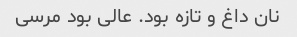
نان داغ و تازه بود. عالی بود مرسی